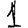
Digit: 1